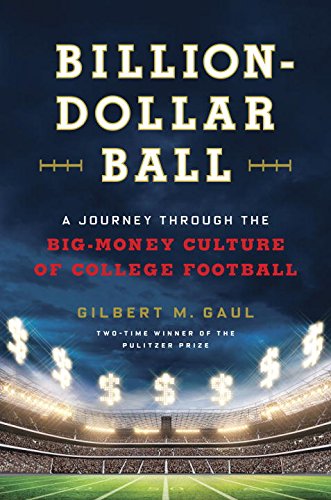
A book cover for Billion-Dollar Ball: A Journey Through the Big-Money Culture of College Football; Gilbert M. Gaul; Business & Money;